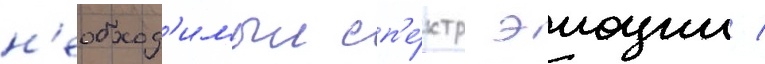
н'еобход'имыи сп'е́ктр эмоции /